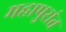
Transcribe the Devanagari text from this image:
महापुरांत